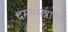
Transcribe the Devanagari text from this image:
दमनसत्राचा